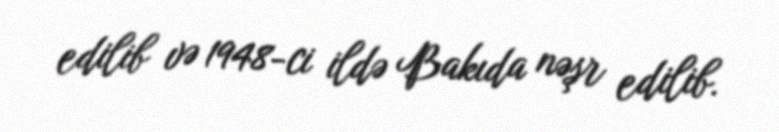
edilib və 1948-ci ildə Bakıda nəşr edilib.